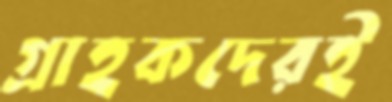
গ্রাহকদেরই